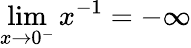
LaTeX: \operatorname*{lim}_{x\to 0^{-}}{x^{-1}}=-\infty